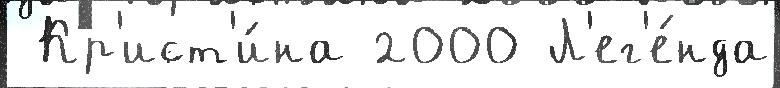
 Кр'ист'и́на 2000 Л'ег'е́нда